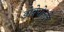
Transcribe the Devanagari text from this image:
डोब्रेपोल्जे